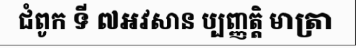
ជំពូក ទី ៧អវសាន ប្បញ្ញត្តិ មាត្រា